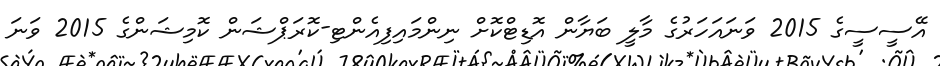
އޭސީސީގެ 2015 ވަނައަހަރުގެ މާލީ ބަޔާން އޮޑިޓްކޮށް ނިންމައިފިއެންޓި-ކޮރަޕްޝަން ކޮމިޝަންގެ 2015 ވަނަ